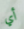
أي